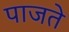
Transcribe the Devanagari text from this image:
पाजते